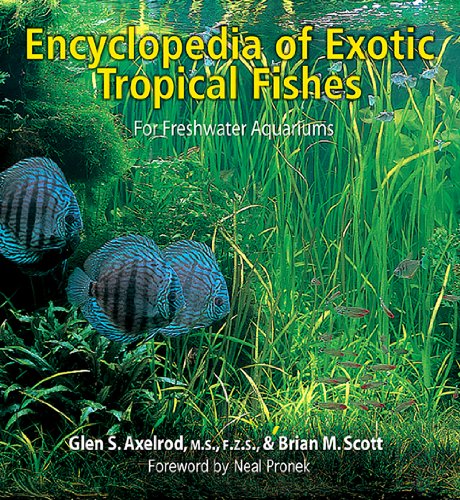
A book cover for Encyclopedia of Exotic Tropical Fishes for Freshwater Aquariums; Glen S. Axelrod; Crafts, Hobbies & Home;